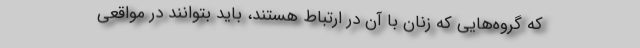
که گروه‌هایی که زنان با آن در ارتباط هستند، باید بتوانند در مواقعی